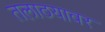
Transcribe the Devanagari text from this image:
तलाठयावर